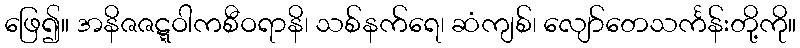
ဖြေ၍။ အနိဇဇဋ္ဋဝါကစီဝရာနိ၊ သစ်နက်ရေ၊ ဆံကျစ်၊ လျော်တေသင်္ကန်းတို့ကို။